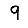
Digit: 9